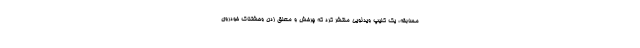
مسابقه، یک کلیپ ویدئویی منتشر کرد که چرخش و معلق زدن وحشتناک خودروی